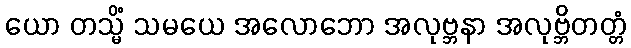
ယော တသ္မိံ သမယေ အလောဘော အလုဗ္ဘနာ အလုဗ္ဘိတတ္တံ